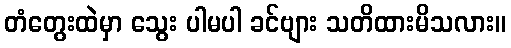
တံတွေးထဲမှာ သွေး ပါမပါ ခင်ဗျား သတိထားမိသလား။